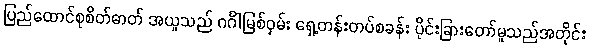
ပြည်ထောင်စုစိတ်ဓာတ် အယူသည် ဂင်္ဂါမြစ်ဝှမ်း ရှေ့တန်းတပ်စခန်း ပိုင်းခြားတော်မူသည်အတိုင်း